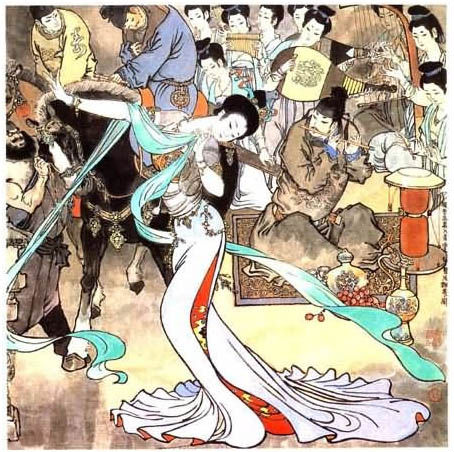
骊宫高处入青云，仙乐风飘处处闻。